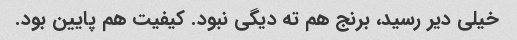
خیلی دیر رسید، برنج هم ته دیگی نبود. کیفیت هم پایین بود.